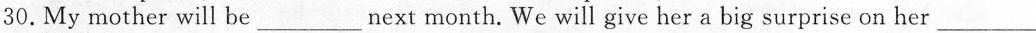
30.My mother will be___next month. We will give her a big surprise on her___